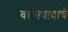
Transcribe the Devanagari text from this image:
वर्तनवादाचे